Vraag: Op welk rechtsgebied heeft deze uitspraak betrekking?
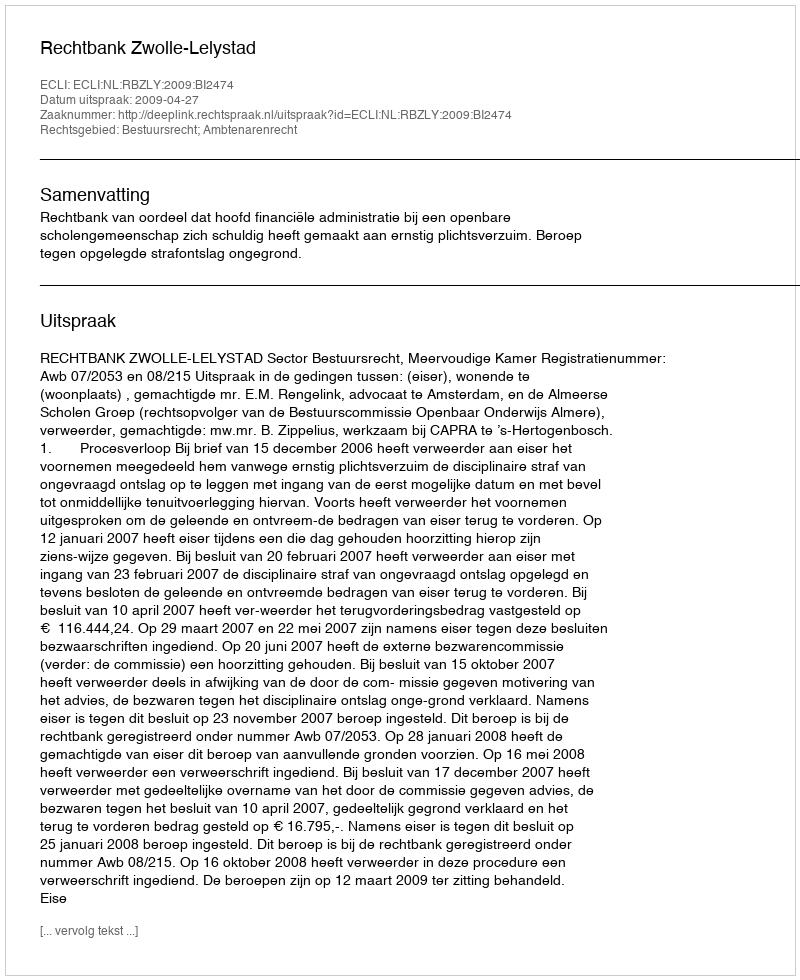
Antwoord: Bestuursrecht; Ambtenarenrecht